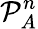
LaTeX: \mathcal P_{A}^{n}